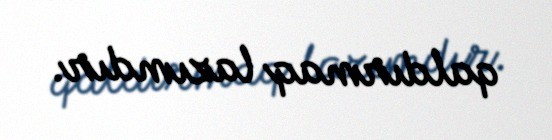
qaldırmaq lazımdır.